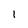
Character: l